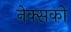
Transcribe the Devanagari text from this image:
नेक्सको